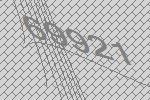
69921